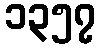
၁၃၅၇